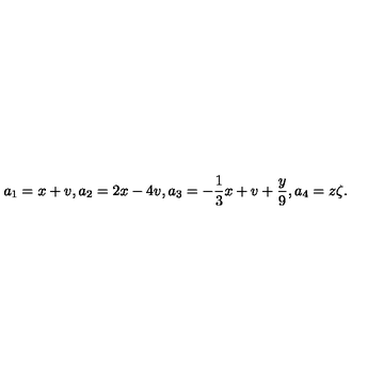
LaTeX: a _ { 1 } = x + v , a _ { 2 } = 2 x - 4 v , a _ { 3 } = - \frac { 1 } { 3 } x + v + \frac { y } { 9 } , a _ { 4 } = z \zeta .